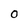
Character: 0